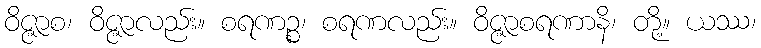
ဝိဇ္ဇာစ၊ ဝိဇ္ဇာလည်း။ စရဏဉ္စ၊ စရဏလည်း။ ဝိဇ္ဇာစရဏာနိ၊ တို့။ ယဿ၊